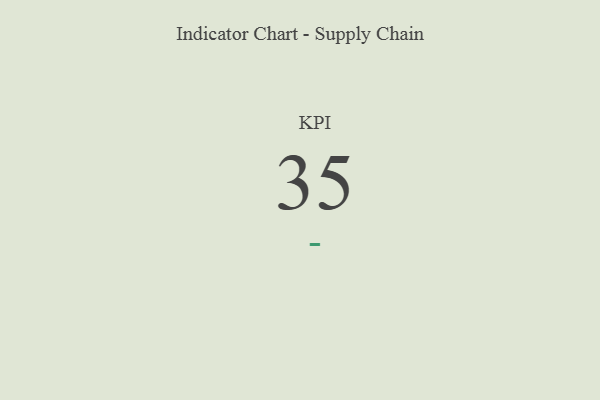
{"axis": {"x": "KPI", "y": "Value"}, "legend": [""], "data": [{"x": "KPI", "y": 35, "type": ""}]}